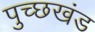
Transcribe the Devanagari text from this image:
पुच्छखंड